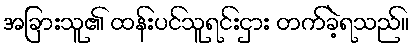
အခြားသူ၏ ထန်းပင်သူရင်းငှား တက်ခဲ့ရသည်။